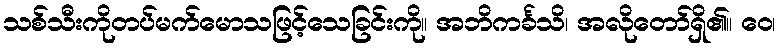
သစ်သီးကိုတပ်မက်မောသဖြင့်သေခြင်းကို။ အဘိကင်္ခသိ၊ အလိုတော်ရှိ၏။ ဝေ၊